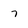
Character: 7